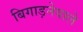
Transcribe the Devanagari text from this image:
बिगाड़नेवाले